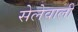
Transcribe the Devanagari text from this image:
सेलेवाली